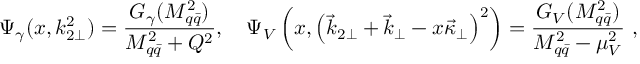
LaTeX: \Psi _ { \gamma } ( x , k _ { 2 \perp } ^ { 2 } ) = \frac { G _ { \gamma } ( M _ { q \bar { q } } ^ { 2 } ) } { M _ { q \bar { q } } ^ { 2 } + Q ^ { 2 } } , \quad \Psi _ { V } \left( x , \left( \vec { k } _ { 2 \perp } + \vec { k } _ { \perp } - x \vec { \kappa } _ { \perp } \right) ^ { 2 } \right) = \frac { G _ { V } ( M _ { q \bar { q } } ^ { 2 } ) } { M _ { q \bar { q } } ^ { 2 } - \mu _ { V } ^ { 2 } } \ ,